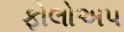
ફોલોઅપ